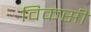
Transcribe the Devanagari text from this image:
विकसी